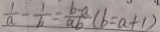
\frac { 1 } { a } - \frac { 1 } { b } = \frac { b - a } { a b } ( b = a + 1 )